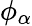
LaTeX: \phi_{\alpha}